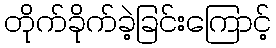
တိုက်ခိုက်ခဲ့ခြင်းကြောင့်